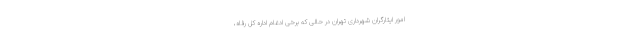
امور ایثارگران شهرداری تهران در حالی که برخی ادغام اداره کل رفاه،